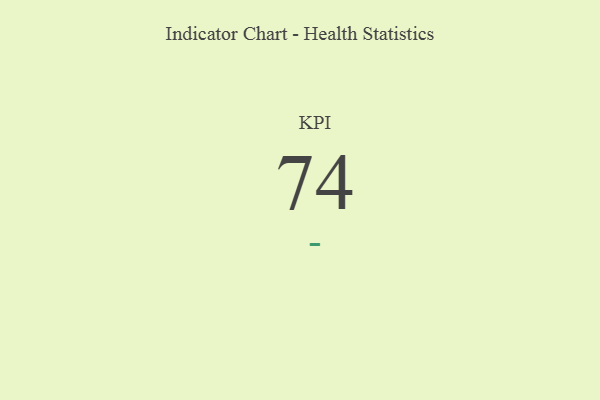
{"axis": {"x": "KPI", "y": "Value"}, "legend": [""], "data": [{"x": "KPI", "y": 74, "type": ""}]}